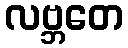
လဗ္ဘတေ